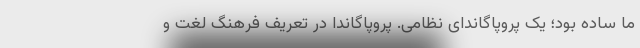
ما ساده بود؛ یک پروپاگاندای نظامی. پروپاگاندا در تعریف فرهنگ لغت و